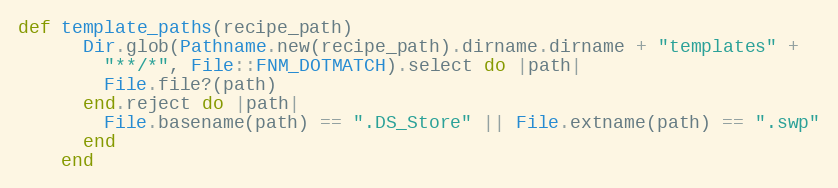
Language: Ruby
def template_paths(recipe_path)
      Dir.glob(Pathname.new(recipe_path).dirname.dirname + "templates" +
        "**/*", File::FNM_DOTMATCH).select do |path|
        File.file?(path)
      end.reject do |path|
        File.basename(path) == ".DS_Store" || File.extname(path) == ".swp"
      end
    end